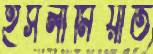
ইসলামিয়াত